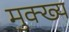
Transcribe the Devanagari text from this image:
मुक्ख्य